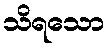
သိရသော